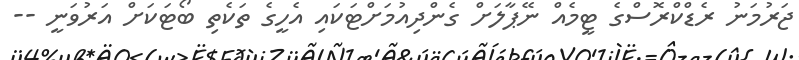
ޖަރުމަނު ރެޑްކްރޮސްގެ ޓީމެއް ނޭޕާލަށް ގެންދިއުމަށްޓަކައި އެހީގެ ތަކެތި ބޯޓަކަށް އަރުވަނީ --